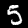
Label: 5